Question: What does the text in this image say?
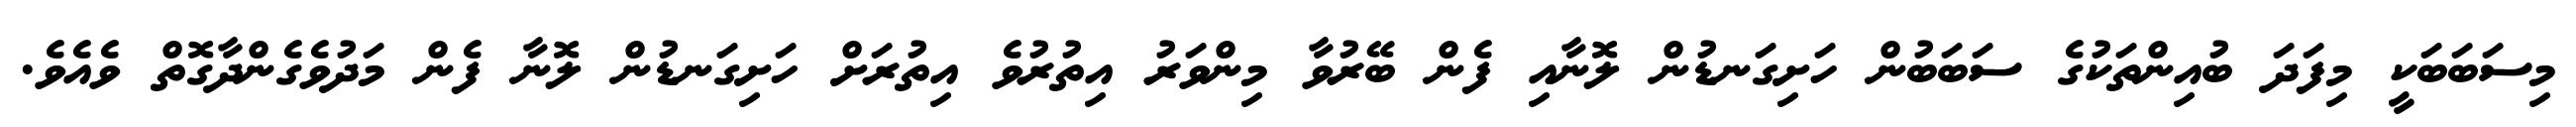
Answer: މިސަބަބަކީ މިފަދަ ބުއިންތަކުގެ ސަބަބުން ހަށިގަނޑުން ލޮނާއި ފެން ބޭރުވާ މިންވަރު އިތުރުވެ އިތުރަށް ހަށިގަނޑުން ލޮނާ ފެން މަދުވެގެންދާގޮތް ވެއެވެ.